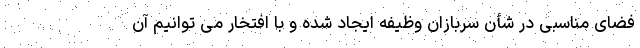
فضای مناسبی در شأن سربازان وظیفه ایجاد شده و با افتخار می توانیم آن